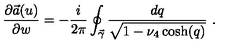
{ \frac { \partial \vec { a } ( u ) } { \partial w } } = - { \frac { i } { 2 \pi } } \oint _ { \vec { \gamma } } { \frac { d q } { \sqrt { 1 - \nu _ { 4 } \cosh ( q ) } } } \ .